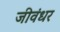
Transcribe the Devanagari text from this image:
जीवंधर